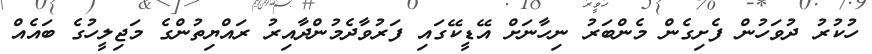
ހުކުރު ދުވަހުން ފެށިގެން މެންބަރު ނިހާނަށް އޭޑީކޭގައި ފަރުވާދެމުންދާއިރު ރައްޔިތުންގެ މަޖިލީހުގެ ބައެއް